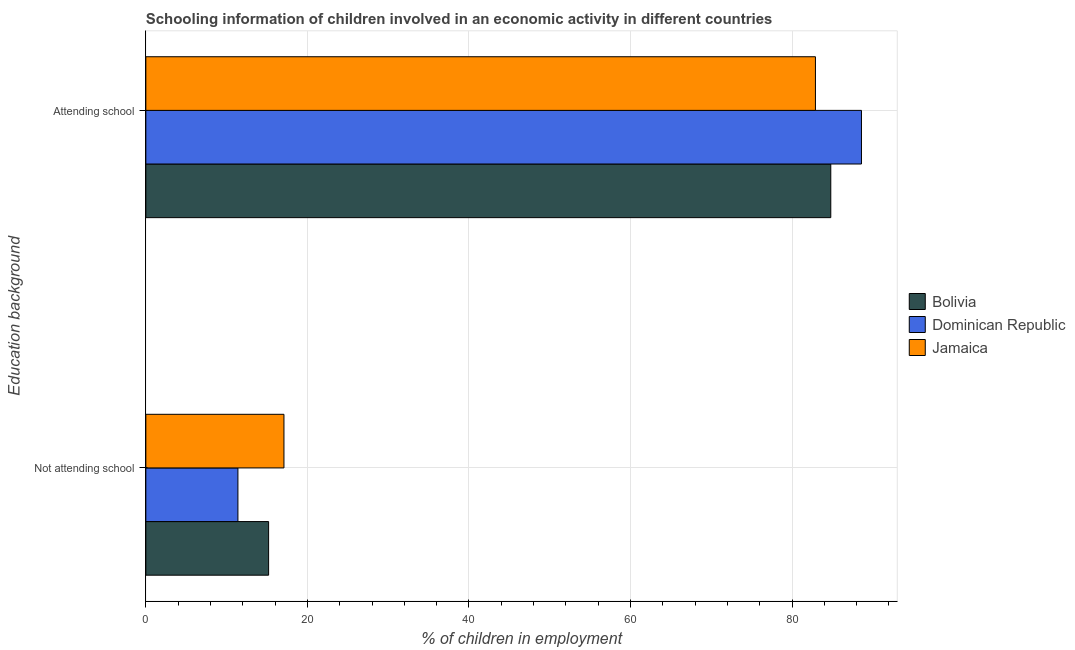
| Education background | Bolivia | Dominican Republic | Jamaica |
 | --- | --- | --- | --- |
 | Not attending school | 15.2 | 11.4 | 17.1 |
 | Attending school | 84.8 | 88.6 | 82.9 |